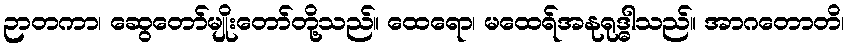
ဉာတကာ၊ ဆွေတော်မျိုးတော်တို့သည်။ ထေရော၊ မထေရ်အနုရုဒ္ဓါသည်။ အာဂတောတိ၊